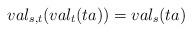
LaTeX: \begin{align*}val_{s,t}(val_{t}(ta))=val_{s}(ta)\end{align*}